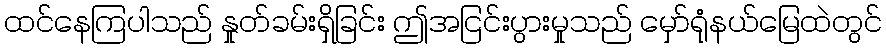
ထင်နေကြပါသည် နှုတ်ခမ်းရှိခြင်း ဤအငြင်းပွားမှုသည် မှော်ရုံနယ်မြေထဲတွင်